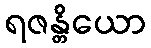
ရဇန္တိယော